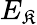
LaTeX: E_{\mathfrak{K}}